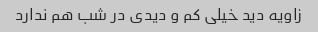
زاویه دید خیلی کم و دیدی در شب هم ندارد